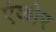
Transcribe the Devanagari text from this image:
एंकोर